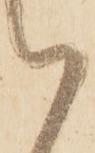
被